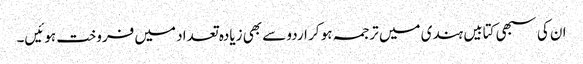
ان کی سبھی کتابیں ہندی میں ترجمہ ہو کر اردو سے بھی زیادہ تعداد میں فروخت ہوئیں۔